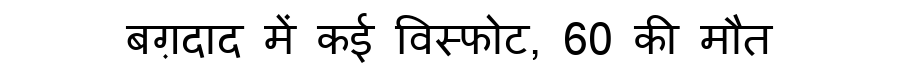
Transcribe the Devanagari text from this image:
बग़दाद में कई विस्फोट, 60 की मौत